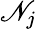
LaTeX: \mathscr{N}_{j}